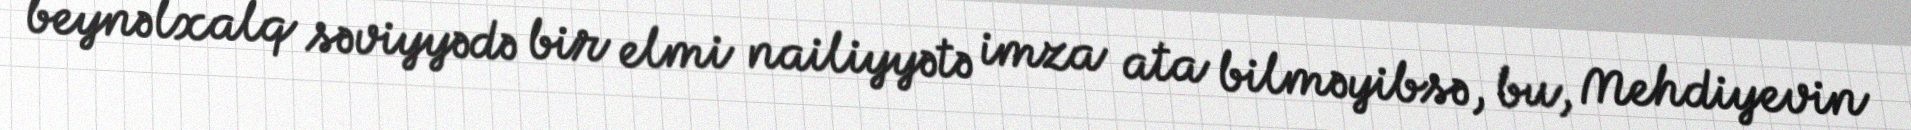
beynəlxalq səviyyədə bir elmi nailiyyətə imza ata bilməyibsə, bu, Mehdiyevin